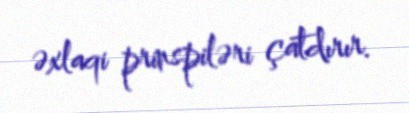
əxlaqi prinspiləri çatdırır.